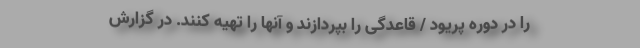
را در دوره پریود / قاعدگی را بپردازند و آنها را تهیه کنند. در گزارش